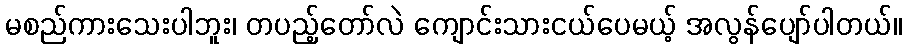
မစည်ကားသေးပါဘူး၊ တပည့်တော်လဲ ကျောင်းသားငယ်ပေမယ့် အလွန်ပျော်ပါတယ်။